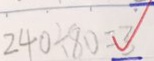
2 4 0 \div 8 0 = 3